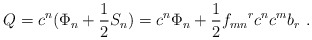
\begin{align*}Q = c^{n}(\Phi_n+\frac{1}{2}S_n)=c^n\Phi_n +\frac{1}{2}{f_{mn}}^r c^n c^m b_r~. \end{align*}